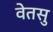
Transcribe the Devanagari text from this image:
वेतसु